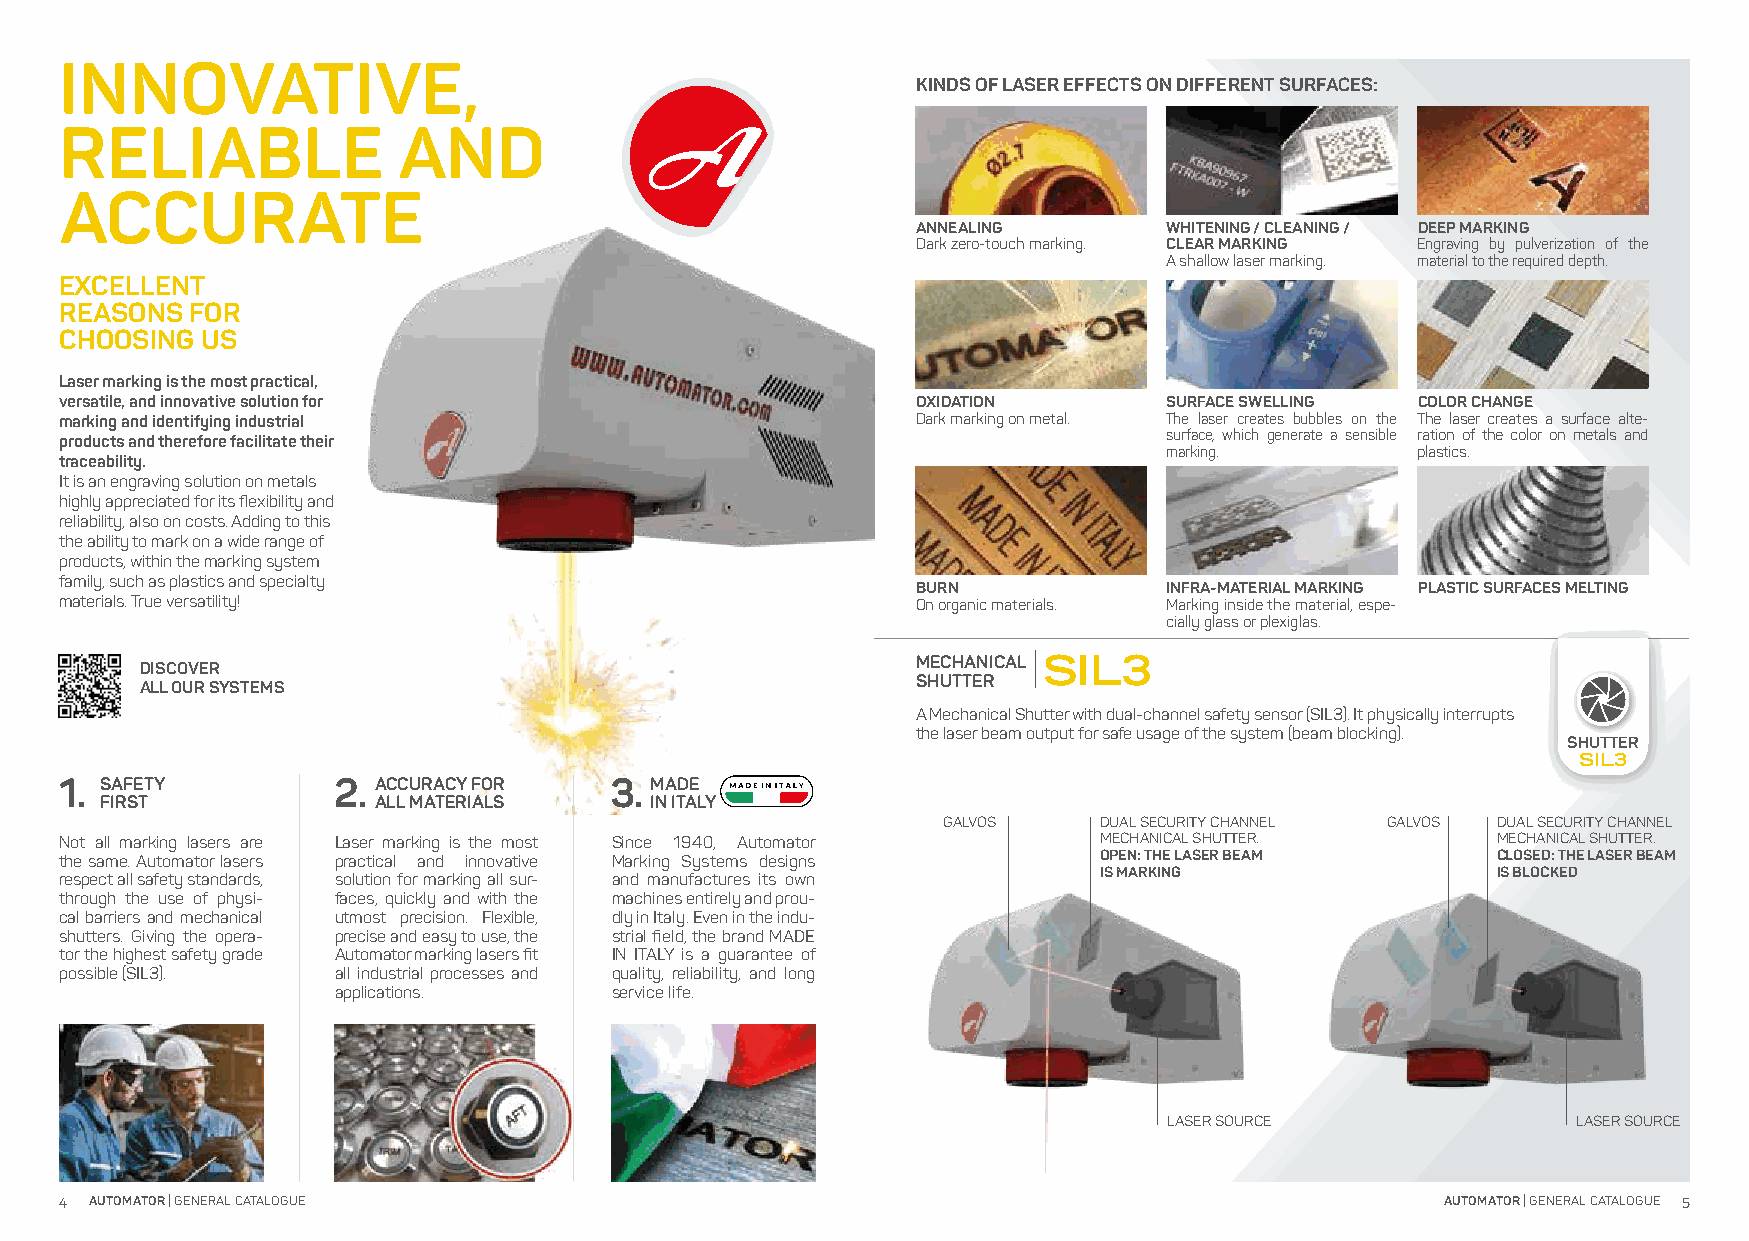
INNOVATIVE,
 KINDS OF LASER EFFECTS ON DIFFERENT SURFACES:
 RELIABLE              AND
 ACCURATE
 ANNEALING       WHITENING / CLEANING / DEEP MARKING
 Dark zero-touch marking. CLEAR MARKING Engraving by pulverization of the
 A shallow laser marking. material to the required depth.
 EXCELLENT
 REASONS  FOR
 CHOOSING US
 Laser marking is the most practical,
 versatile, and innovative solution for                   OXIDATION       SURFACE SWELLING COLOR CHANGE
 marking and identifying industrial                       Dark marking on metal. The laser creates bubbles on the The laser creates a surface alte-
 surface, which generate a sensible ration of the color on metals and
 products and therefore facilitate their
 marking.         plastics.
 traceability.
 It is an engraving solution on metals
 highly appreciated for its flexibility and
 reliability, also on costs. Adding to this
 the ability to mark on a wide range of
 products, within the marking system
 family, such as plastics and specialty
 BURN            INFRA-MATERIAL MARKING PLASTIC SURFACES MELTING
 materials. True versatility!                             On organic materials. Marking inside the material, espe-
 cially glass or plexiglas.
 MECHANICAL SIL3
 DISCOVER
 SHUTTER
 ALL OUR SYSTEMS
 A Mechanical Shutter with dual-channel safety sensor (SIL3). It physically interrupts
 the laser beam output for safe usage of the system (beam blocking).
 SHUTTER
 SIL3
 1. SAFETY         2. ACCURACY FOR   3. MADE
 FIRST             ALL MATERIALS     IN ITALY
 GALVOS     DUAL SECURITY CHANNEL GALVOS DUAL SECURITY CHANNEL
 Not all marking lasers are Laser marking is the most Since 1940, Automator MECHANICAL SHUTTER. MECHANICAL SHUTTER.
 the same. Automator lasers practical and innovative Marking Systems designs OPEN: THE LASER BEAM CLOSED: THE LASER BEAM
 IS MARKING                IS BLOCKED
 respect all safety standards, solution for marking all sur- and manufactures its own
 through the use of physi- faces, quickly and with the machines entirely and prou-
 cal barriers and mechanical utmost precision. Flexible, dly in Italy. Even in the indu-
 shutters. Giving the opera- precise and easy to use, the strial field, the brand MADE
 tor the highest safety grade Automator marking lasers fit IN ITALY is a guarantee of
 possible (SIL3).  all industrial processes and quality, reliability, and long
 applications.     service life.
 LASER SOURCE               LASER SOURCE
 4 AUTOMATOR | GENERAL CATALOGUE                                                             AUTOMATOR | GENERAL CATALOGUE 5